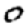
Digit: 0